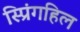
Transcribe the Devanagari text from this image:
स्प्रिंगहिल